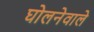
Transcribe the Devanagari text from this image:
घोलनेवाले